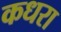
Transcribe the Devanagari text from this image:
कधरा